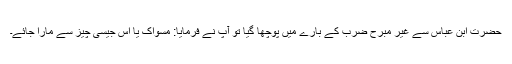
حضرت ابن عباس سے غیر مبرح ضرب کے بارے میں پوچھا گیا تو آپ نے فرمایا: مسواک یا اس جیسی چیز سے مارا جائے۔